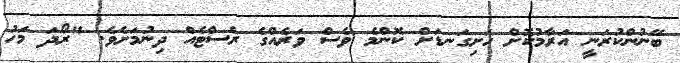
ބޭނުންކުރަނީ އަރާމުކޮށް ހަށިގަނޑަށް ކޮންމެ ވެސް ވަރެއްގެ ރެސްޓެއް ދިނުމަށެވެ. "ރޯދަ މަހު